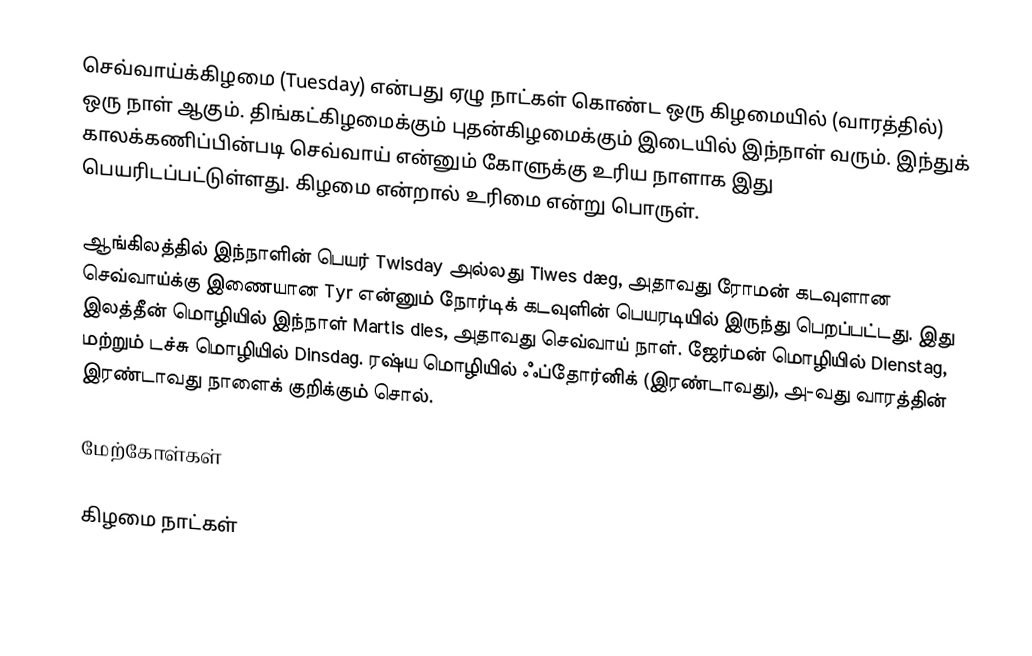
செவ்வாய்க்கிழமை (Tuesday) என்பது ஏழு நாட்கள் கொண்ட ஒரு கிழமையில் (வாரத்தில்) ஒரு நாள் ஆகும். திங்கட்கிழமைக்கும் புதன்கிழமைக்கும் இடையில் இந்நாள் வரும். இந்துக் காலக்கணிப்பின்படி செவ்வாய் என்னும் கோளுக்கு உரிய நாளாக இது பெயரிடப்பட்டுள்ளது. கிழமை என்றால் உரிமை என்று பொருள்.

ஆங்கிலத்தில் இந்நாளின் பெயர் Twisday அல்லது Tiwes dæg, அதாவது ரோமன் கடவுளான செவ்வாய்க்கு இணையான Tyr என்னும் நோர்டிக் கடவுளின் பெயரடியில் இருந்து பெறப்பட்டது. இது இலத்தீன் மொழியில் இந்நாள் Martis dies, அதாவது செவ்வாய் நாள். ஜேர்மன் மொழியில் Dienstag, மற்றும் டச்சு மொழியில் Dinsdag. ரஷ்ய மொழியில் ஃப்தோர்னிக் (இரண்டாவது), அ-வது வாரத்தின் இரண்டாவது நாளைக் குறிக்கும் சொல்.

மேற்கோள்கள்

கிழமை நாட்கள்